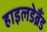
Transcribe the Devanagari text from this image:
हाइलडेब्रैंड